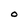
Character: o